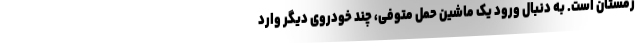
زمستان است. به دنبال ورود یک ماشین حمل متوفی، چند خودروی دیگر وارد